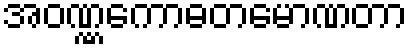
အဝဏ္ဏကောဓတမောဏတာ